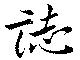
誌